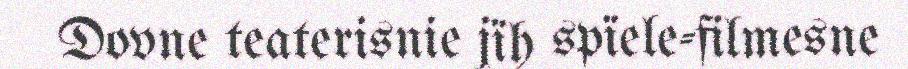
Dovne teaterisnie jïh spïele-filmesne